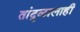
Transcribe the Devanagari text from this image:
तांदुळालाही